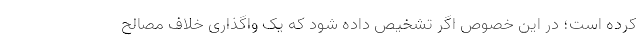
کرده است؛ در این خصوص اگر تشخیص داده شود که یک واگذاری خلاف مصالح